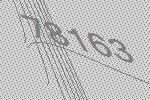
78163